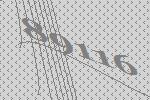
89116